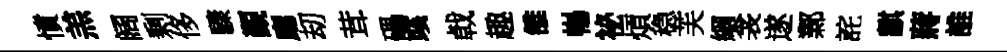
憤羔阔剰侈驟覲廳刧茸礧彧㦸趣雒暢祕煩稳芙綱衾遂鄴詫麒蔣誰